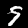
Digit: 9